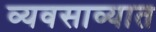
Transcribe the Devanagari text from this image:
व्यवसाव्यात